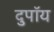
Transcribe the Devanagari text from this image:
दुपॉय